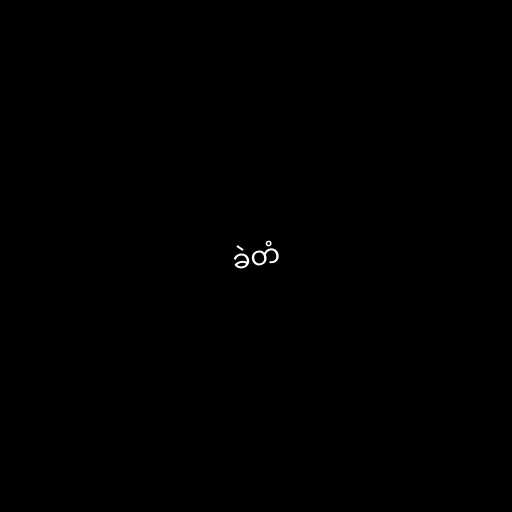
ခဲတံ